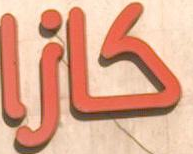
كازا